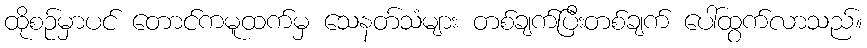
ထိုစဉ်မှာပင် တောင်ကမူထက်မှ သေနတ်သံများ တစ်ချက်ပြီးတစ်ချက် ပေါ်ထွက်လာသည်။